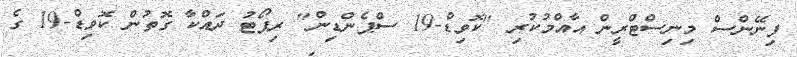
ފިނޭންސް މިނިސްޓްރީން އާއްމުކުރި "ކޮވިޑް-19 ސްޕެންޑިން" ރިޕޯޓު ދައްކާ ގޮތުން ކޮވިޑް-19 ގެ